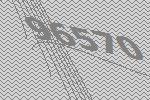
96570